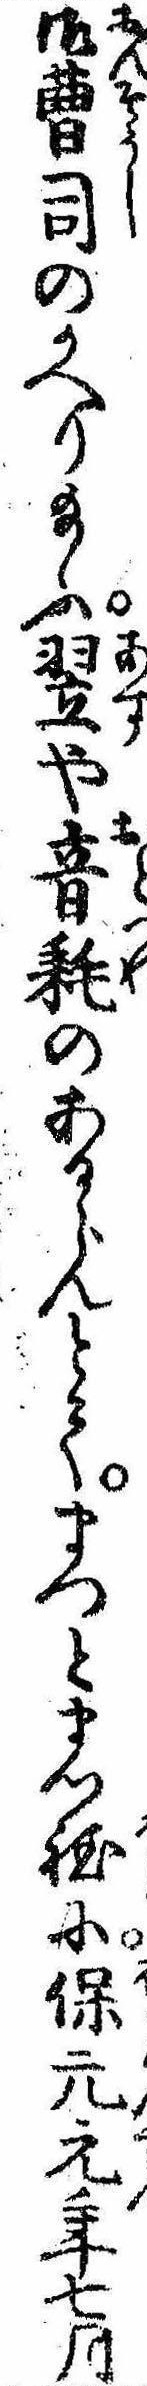
御曹司のかへり給ふ翌や音耗のあるらんとてまつとまつ程に保元元年七月